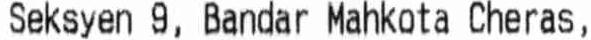
SEKSYEN 9, BANDAR MAHKOTA CHERAS,